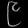
Digit: ၉